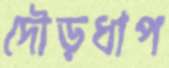
দৌড়ধাপ